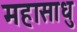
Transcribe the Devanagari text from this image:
महासाधु